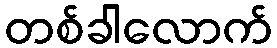
တစ်ခါလောက်